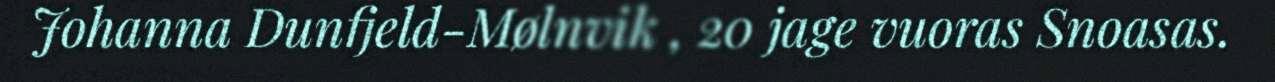
Johanna Dunfjeld-Mølnvik , 20 jage vuoras Snoasas.